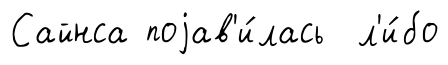
Сайнса поjав'и́лась л'и́бо